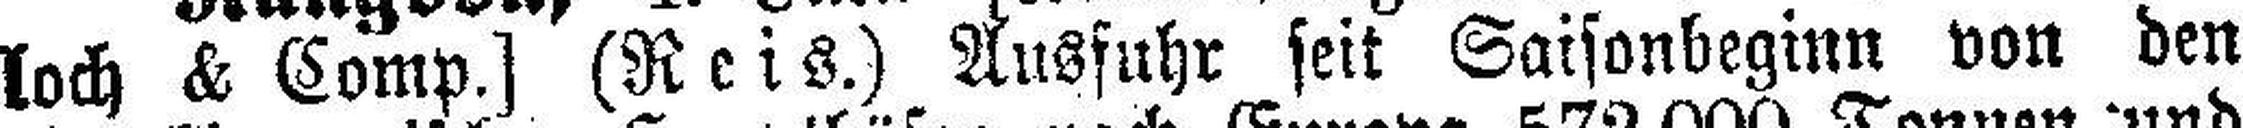
loch & Comp.] (Reis.) Ausfuhr feit Saisonbeginn von den